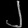
Digit: ၂